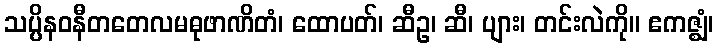
သပ္ပိနဝနီတတေလမဓုဖာဏိတံ၊ ထောပတ်၊ ဆီဥ၊ ဆီ၊ ပျား၊ တင်းလဲကို။ ဧကဇ္ဈံ၊